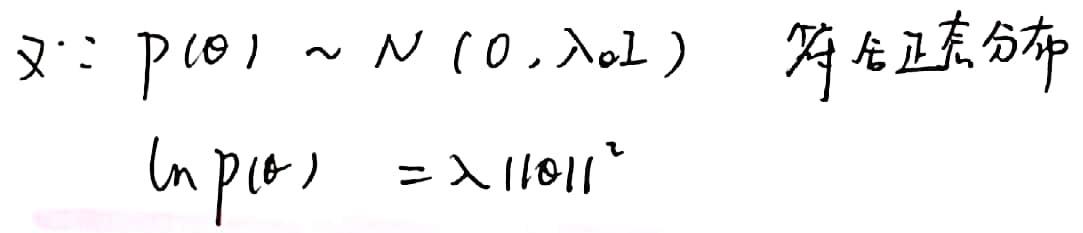
又\(\because p(\theta)\sim N(0,\lambda_0I)\) 符合正态分布
\(\ln p(\theta)=\lambda\|\theta\|^2\)